Lunatic asylums United Prov. 1922-30 - 1922-1930
Year: 1922
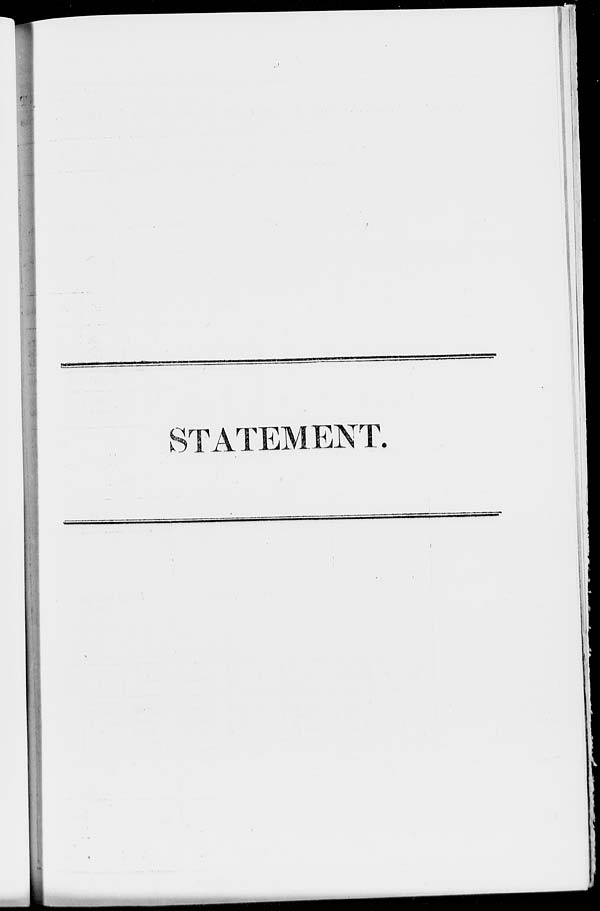
STATEMENT.